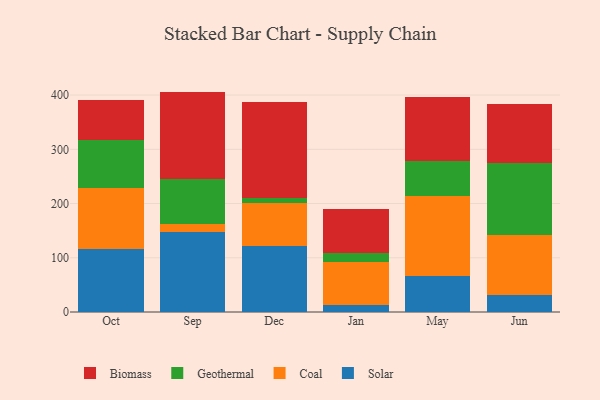
{"axis": {"x": "Month", "y": "Temperature (°C)"}, "legend": ["Biomass", "Coal", "Geothermal", "Solar"], "data": [{"x": "Oct", "y": 116.0, "type": "Solar"}, {"x": "Oct", "y": 111.8, "type": "Coal"}, {"x": "Oct", "y": 88.8, "type": "Geothermal"}, {"x": "Oct", "y": 75.2, "type": "Biomass"}, {"x": "Sep", "y": 146.9, "type": "Solar"}, {"x": "Sep", "y": 15.3, "type": "Coal"}, {"x": "Sep", "y": 83.3, "type": "Geothermal"}, {"x": "Sep", "y": 160.9, "type": "Biomass"}, {"x": "Dec", "y": 121.8, "type": "Solar"}, {"x": "Dec", "y": 79.0, "type": "Coal"}, {"x": "Dec", "y": 9.4, "type": "Geothermal"}, {"x": "Dec", "y": 176.9, "type": "Biomass"}, {"x": "Jan", "y": 13.6, "type": "Solar"}, {"x": "Jan", "y": 78.6, "type": "Coal"}, {"x": "Jan", "y": 16.7, "type": "Geothermal"}, {"x": "Jan", "y": 81.0, "type": "Biomass"}, {"x": "May", "y": 66.6, "type": "Solar"}, {"x": "May", "y": 146.4, "type": "Coal"}, {"x": "May", "y": 65.0, "type": "Geothermal"}, {"x": "May", "y": 118.8, "type": "Biomass"}, {"x": "Jun", "y": 32.1, "type": "Solar"}, {"x": "Jun", "y": 110.5, "type": "Coal"}, {"x": "Jun", "y": 132.3, "type": "Geothermal"}, {"x": "Jun", "y": 107.9, "type": "Biomass"}]}